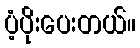
ပံ့ပိုးပေးတယ်။